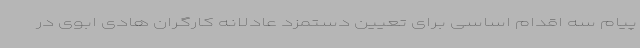
پیام سه اقدام اساسی برای تعیین دستمزد عادلانه کارگران هادی ابوی در